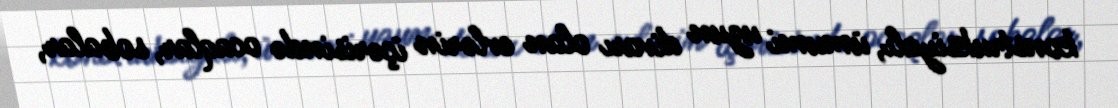
konstruksiyalı, ümumi uzun divarı olan evlərin içərisində ocaqlar, sobalar,